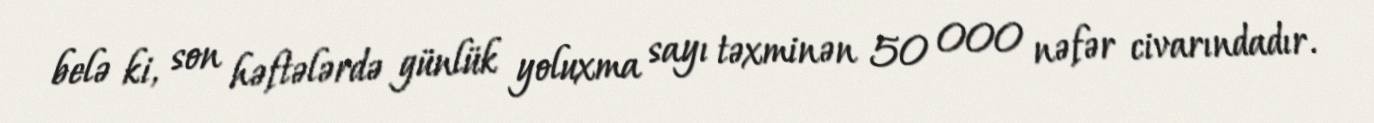
belə ki, son həftələrdə günlük yoluxma sayı təxminən 50 000 nəfər civarındadır.